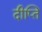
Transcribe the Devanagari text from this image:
दीप्‍ति